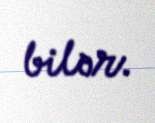
bilər.